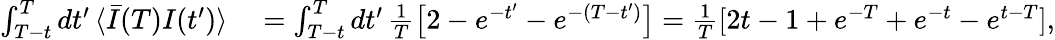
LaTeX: \begin{array}{rl}{\int_{T-t}^{T}dt^{\prime}\, \langle\bar{I}(T)I(t^{\prime})\rangle}&{{}=\int_{T-t}^{T}dt^{\prime}\, \frac{1}{T}\left[2-e^{-t^{\prime}}-e^{-(T-t^{\prime})}\right]=\frac{1}{T}[2t-1+e^{-T}+e^{-t}-e^{t-T}],}\end{array}